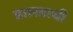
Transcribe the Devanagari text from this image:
डालडाची